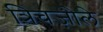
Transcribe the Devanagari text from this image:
त्रिचज़ोले